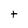
Character: t